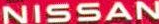
NISSAN